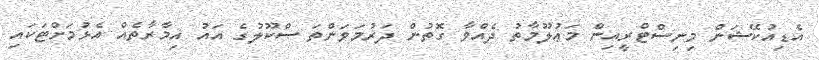
އެޑިއުކޭޝަން މިނިސްޓްރީއިން މަޢުލޫމާތު ދެއްވާ ގޮތުން ދަރުމަވަންތަ ސްކޫލުގެ އައު އިމާރާތެއް އެޅުމަށްޓަކައި